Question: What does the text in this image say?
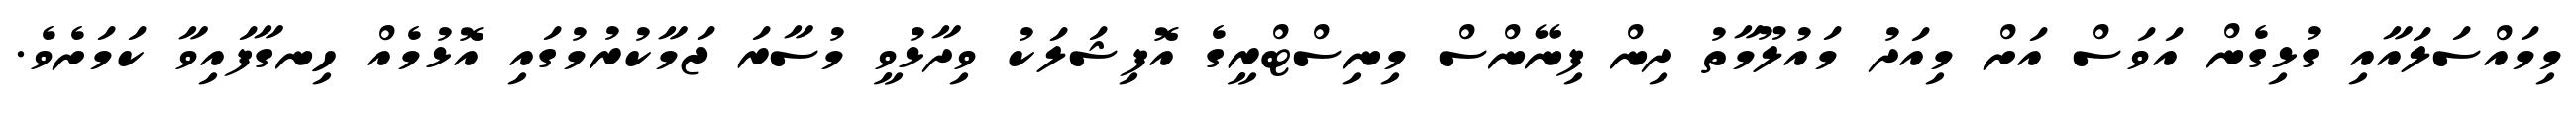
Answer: މިމައްސަލައާއި ގުޅިގެން އަވަސް އަށް މިއަދު މައުލޫމާތު ދިން ފިނޭންސް މިނިސްޓްރީގެ އޮފިޝަލަކު ވިދާޅުވީ މުސާރަ ޖަމާކުރުމުގައި އޮޅުމެއް ހިނގާފައިވާ ކަމަށެވެ.